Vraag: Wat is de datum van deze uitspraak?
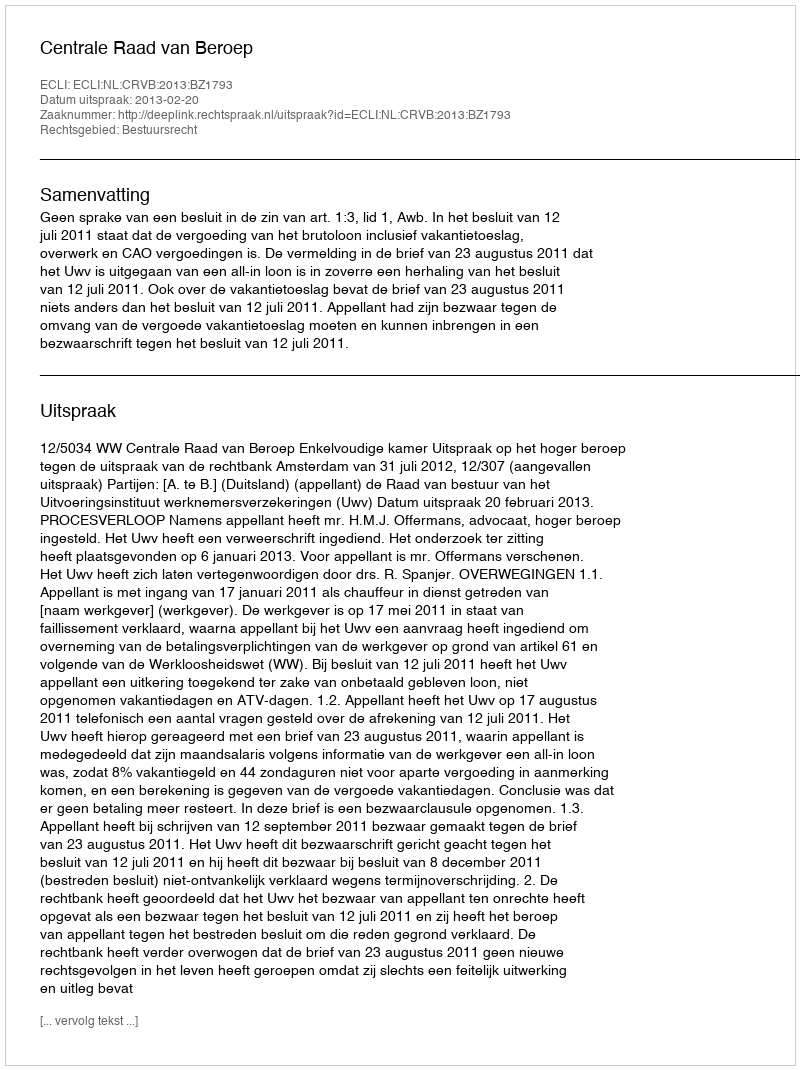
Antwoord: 2013-02-20